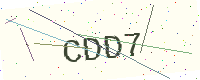
Text: CDD7